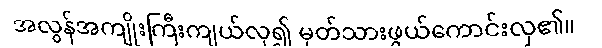
အလွန်အကျိုးကြီးကျယ်လှ၍ မှတ်သားဖွယ်ကောင်းလှ၏။